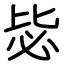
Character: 毖